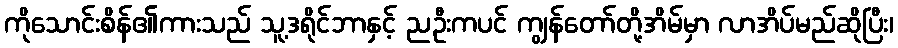
ကိုသောင်းစိန်၏ကားသည် သူ့ဒရိုင်ဘာနှင့် ညဦးကပင် ကျွန်တော်တို့အိမ်မှာ လာအိပ်မည်ဆိုပြီး၊